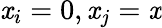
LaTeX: \mathit{x}_{i}=0,\mathit{x}_{j}=\mathit{x}